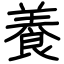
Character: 養